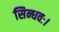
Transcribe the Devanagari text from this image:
सिन्धवः।